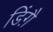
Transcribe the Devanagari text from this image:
डिंग़ै